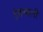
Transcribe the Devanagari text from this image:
हेफथाली